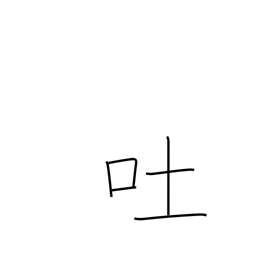
Meaning: vomit